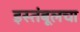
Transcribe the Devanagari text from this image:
इस्तंबूलचा